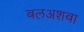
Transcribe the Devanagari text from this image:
बलअशबा